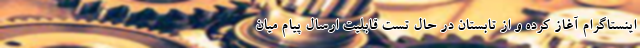
اینستاگرام آغاز کرده و از تابستان در حال تست قابلیت ارسال پیام میان